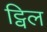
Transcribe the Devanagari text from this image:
ट्विल